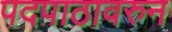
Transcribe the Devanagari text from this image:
पदपाठावरुन